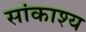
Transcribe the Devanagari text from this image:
सांकाश्य